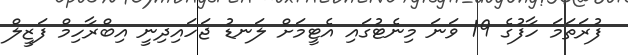
ފުރަތަމަ ހާފުގެ 19 ވަނަ މިނެޓުގައި އެޓީމަށް ލަނޑު ޖަހައިދިނީ އިބްރާހިމް ފަޒީލް